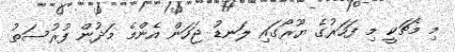
މި މެޗަކީ މި ފަހަރުގެ ޔޫރޯގައި ލަނޑު ޖަހަން އެންމެ މަދުން ފުރުސަތު